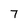
Character: 7